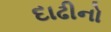
દાઢીનો